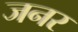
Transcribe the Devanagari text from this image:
जनर